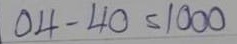
04 - 40 = 1000